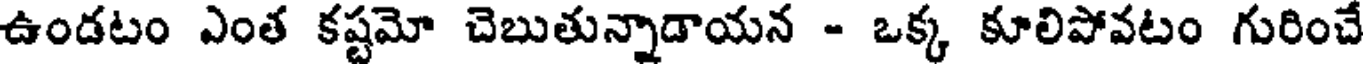
ఉండటం ఎంత కష్టమో చెబుతున్నాడాయన - ఒక్క కూలిపోవటం గురించే